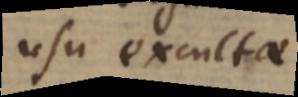
usu excultae